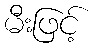
မီးဖြင့်